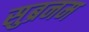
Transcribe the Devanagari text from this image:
सुब्रनम